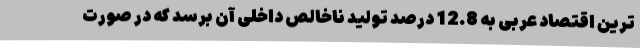
ترین اقتصاد عربی به 12.8 درصد تولید ناخالص داخلی آن برسد که در صورت